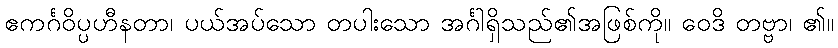
ဧကင်္ဂဝိပ္ပဟီနတာ၊ ပယ်အပ်သော တပါးသော အင်္ဂါရှိသည်၏အဖြစ်ကို။ ဝေဒိ တဗ္ဗာ၊ ၏။